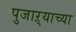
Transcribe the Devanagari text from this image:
पुजाऱ्याच्या